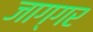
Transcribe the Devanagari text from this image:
जाग्गर